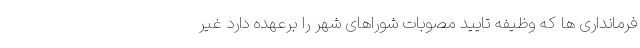
فرمانداری ها که وظیفه تایید مصوبات شوراهای شهر را برعهده دارد غیر